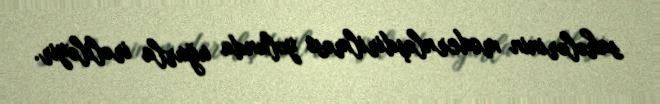
sahələrinin modernləşdirilməsi yolunda uğurla irəliləyir.